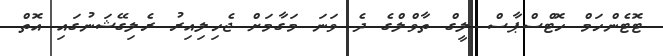
ޓޮޓެންހަމް ހޮޓްސްޕާސް ލީގް ތާވްލްގެ ދެ ވަނަ މަގާމަށް ޖެހިލިއިރު ރެލިގޭޝަނުގައި އޮތް